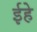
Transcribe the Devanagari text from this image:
ईहे